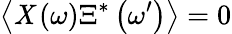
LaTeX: \left\langle\mathit{X}\left(\omega\right)\Xi^{*}\left(\omega^{\prime}\right)\right\rangle=0